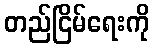
တည်ငြိမ်ရေးကို